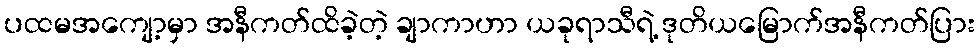
ပထမအကျော့မှာ အနီကတ်ထိခဲ့တဲ့ ချာကာဟာ ယခုရာသီရဲ့ ဒုတိယမြောက်အနီကတ်ပြား